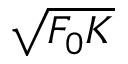
\sqrt { F _ { 0 } K }